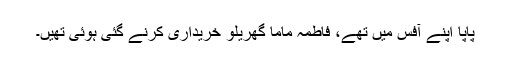
پاپا اپنے آفس میں تھے، فاطمہ ماما گھریلو خریداری کرنے گئی ہوئی تھیں۔